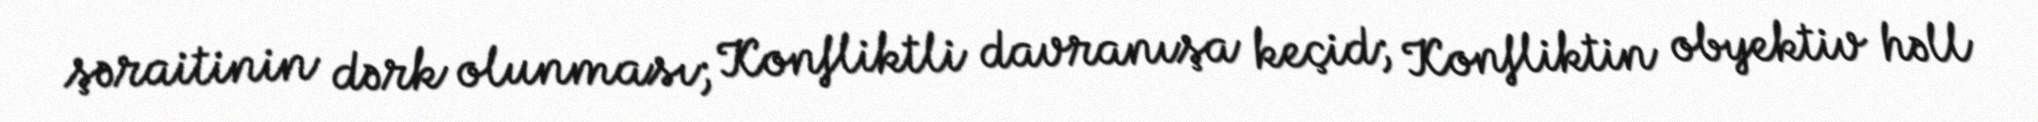
şəraitinin dərk olunması; Konfliktli davranışa keçid; Konfliktin obyektiv həll